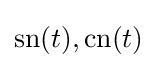
{\textrm {sn}}(t),{\textrm {cn}}(t)